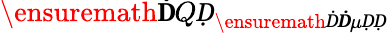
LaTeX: \ensuremath{\mathbf ḊQḌ}_{\ensuremath Ḋ\boldsymbol Ḋ\mu ḌḌ}